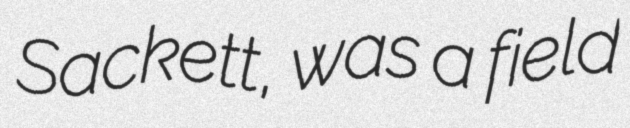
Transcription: Sackett, was a field